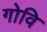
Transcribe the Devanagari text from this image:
गोवि